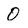
Character: 0